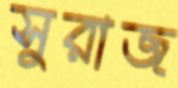
সুরাজ